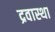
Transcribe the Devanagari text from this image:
द्रवास्था